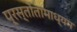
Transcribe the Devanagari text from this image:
प्रस्तोतामाध्यम